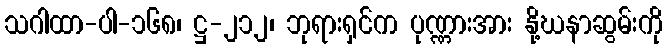
သဂါထာ-ပါ-၁၆၈၊ ဋ္ဌ-၂၁၂၊ ဘုရားရှင်က ပုဏ္ဏားအား နို့ဃနာဆွမ်းကို